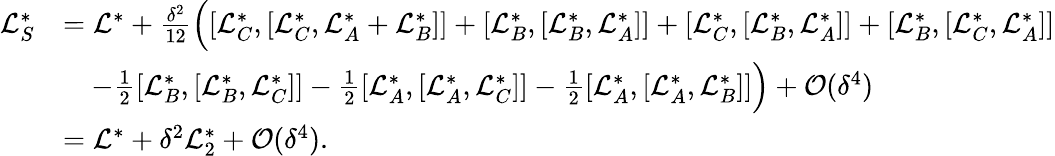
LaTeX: \begin{array}{rl}{\mathcal{L}_{S}^{*}}&{=\mathcal{L}^{*}+\frac{\delta^{2}}{12}\Big([\mathcal{L}_{C}^{*},[\mathcal{L}_{C}^{*},\mathcal{L}_{A}^{*}+\mathcal{L}_{B}^{*}]]+[\mathcal{L}_{B}^{*},[\mathcal{L}_{B}^{*},\mathcal{L}_{A}^{*}]]+[\mathcal{L}_{C}^{*},[\mathcal{L}_{B}^{*},\mathcal{L}_{A}^{*}]]+[\mathcal{L}_{B}^{*},[\mathcal{L}_{C}^{*},\mathcal{L}_{A}^{*}]]}\\ &{\quad-\frac{1}{2}[\mathcal{L}_{B}^{*},[\mathcal{L}_{B}^{*},\mathcal{L}_{C}^{*}]]-\frac{1}{2}[\mathcal{L}_{A}^{*},[\mathcal{L}_{A}^{*},\mathcal{L}_{C}^{*}]]-\frac{1}{2}[\mathcal{L}_{A}^{*},[\mathcal{L}_{A}^{*},\mathcal{L}_{B}^{*}]]\Big)+\mathcal{O}(\delta^{4})}\\ &{=\mathcal{L}^{*}+\delta^{2}\mathcal{L}_{2}^{*}+\mathcal{O}(\delta^{4}).}\end{array}